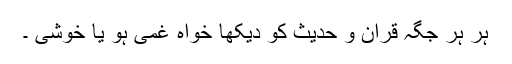
ہر ہر جگہ قرآن و حدیث کو دیکھا خواہ غمی ہو یا خوشی ۔